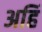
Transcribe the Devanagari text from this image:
अहिं